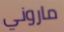
ماروني